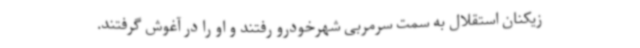
زیکنان استقلال به سمت سرمربی شهرخودرو رفتند و او را در آغوش گرفتند.